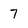
Character: 7